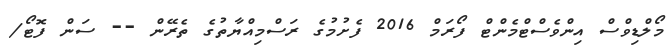
މޯލްޑިވްސް އިންވެސްޓްމެންޓް ފޯރަމް 2016 ފެށުމުގެ ރަސްމިއްޔާތުގެ ތެރޭން -- ސަން ފޮޓޯ/